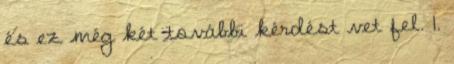
és ez még két további kérdést vet fel. 1.